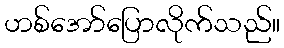
ဟစ်အော်ပြောလိုက်သည်။